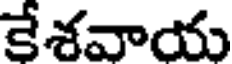
కేశవాయ